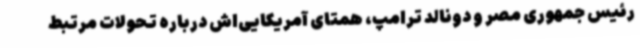
رئیس جمهوری مصر و دونالد ترامپ، همتای آمریکایی‌اش درباره تحولات مرتبط